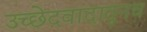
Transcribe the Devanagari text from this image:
उच्छेदवादातूनच